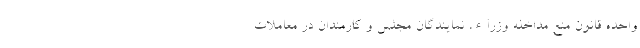
واحده قانون منع مداخله وزراء، نمایندگان مجلس و کارمندان در معاملات